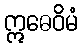
ဣဓေဝိမံ